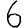
Digit: 6